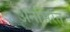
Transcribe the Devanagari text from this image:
अनभिरत्